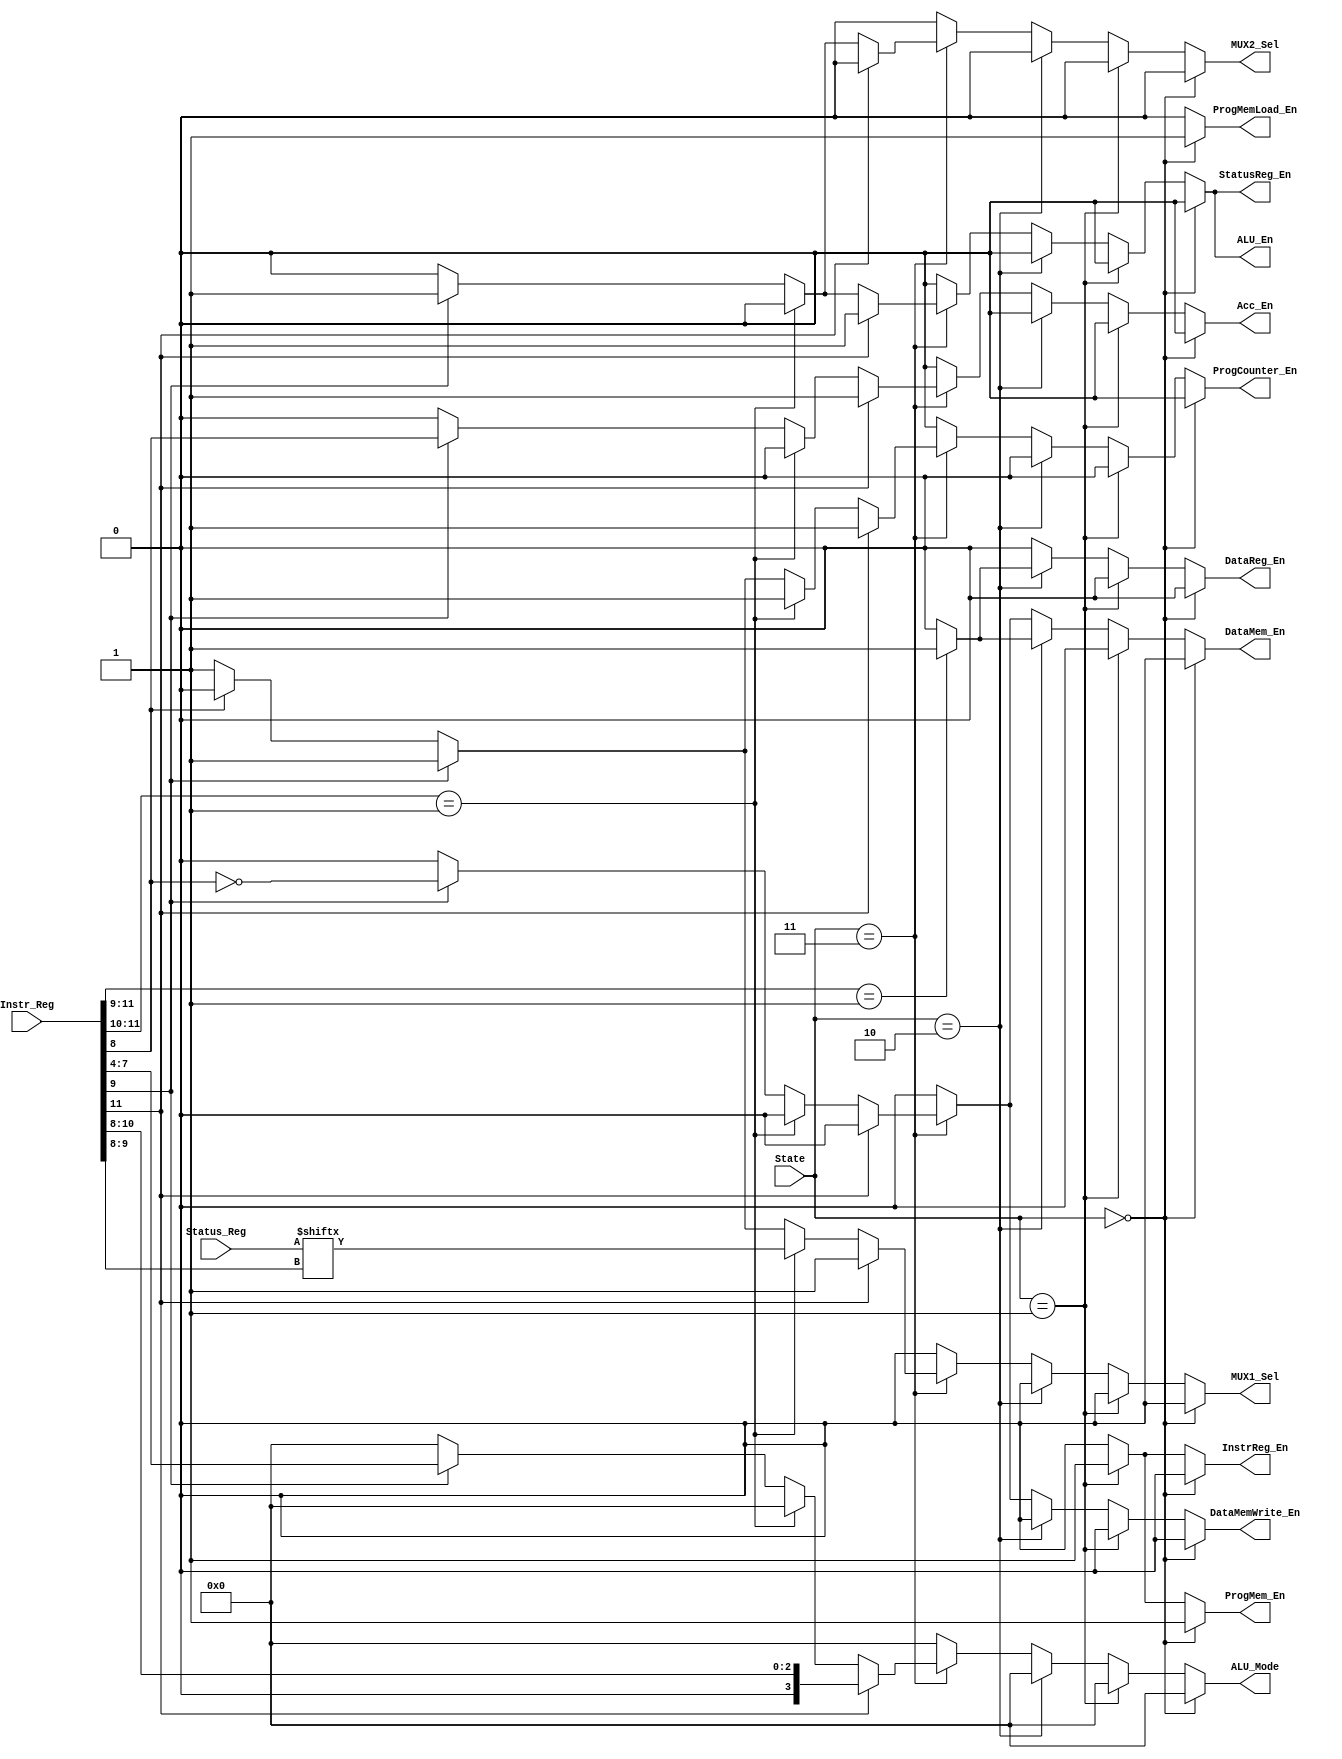
module Control_Logic(
 input [11:0] Instr_Reg,
 input [1:0] State,
 input [3:0] Status_Reg,
 output ProgCounter_En, Acc_En, StatusReg_En, InstrReg_En, ProgMem_En, 
 output DataMemWrite_En, ALU_En, MUX1_Sel, DataMem_En, DataReg_En, MUX2_Sel,
 output ProgMemLoad_En,
 output [3:0] ALU_Mode
 );

 parameter LOAD = 2'b00, FETCH = 2'b01, DECODE = 2'b10, EXECUTE = 2'b11;

 reg ProgCounter_En, Acc_En, StatusReg_En, InstrReg_En, ProgMem_En;
 reg DataMemWrite_En, ALU_En, MUX1_Sel, DataMem_En, DataReg_En, MUX2_Sel;
 reg ProgMemLoad_En;
 reg [3:0] ALU_Mode;

 always@(*)
 begin

 	//Initialize all the signals at every input change.
 	ProgMemLoad_En = 0;
	ProgCounter_En = 0;
	Acc_En = 0;
	StatusReg_En = 0;
	InstrReg_En = 0;
	ProgMem_En = 0;
	DataMemWrite_En = 0;
	ALU_En = 0;
	MUX1_Sel = 0;
	DataMem_En = 0;
	DataReg_En = 0;
	MUX2_Sel = 0;
	ALU_Mode = 4'h0;

	// Load State -> Enable the Program Memory and the Load Signal
	if(State == LOAD)
	begin
		ProgMemLoad_En = 1'b1;
		ProgMem_En = 1'b1;
	end

	//Fetch State -> Fetch the instruction from Program Memory and load it to IR
	else if (State == FETCH)
	begin
		InstrReg_En = 1'b1;
		ProgMem_En = 1'b1;
	end

	//Decode State -> Decode the instr in the IR and send it to ALU and other modules
	//Instruction Register = {Instruction Type(11:8), Opcode(11:8)/Immediate(7:4), 
	//						  Immediate_value/DMem_Addr(3:1) }
	//
 	else if (State == DECODE)
 	begin
 		if (Instr_Reg[11:9] == 3'b001)	// M-type
 		begin
 			DataReg_En = 1'b1; 
 			DataMem_En = 1'b1;
 		end
 		else
 		begin
 			DataReg_En = 1'b0;
 			DataMem_En = 1'b0;
 		end
 	end

 	else if (State == EXECUTE)
 	begin
 		if (Instr_Reg[11] == 1'b1) // I-Type Operation
 		begin
 			ProgCounter_En = 1'b1; // Take current Instr_Addr
 			Acc_En = 1'b1; // Since I-Type, Operand2 for ALU -> Accumulator
 			StatusReg_En = 1'b1; //Enable Status Register
 			ALU_En = 1'b1; //Enable ALU
 			ALU_Mode = Instr_Reg[10:8]; //Opcode in I-Type-> 4'b1xxx
 			MUX1_Sel = 1; // Take the next Instruction Addr from Adder
 			MUX2_Sel = 0; // Do not take value from Memory
 		end
 		else if(Instr_Reg[11:10] == 2'b01) //JZ, JC, JS, JO
 		begin
 			ProgCounter_En = 1'b1;
 			MUX1_Sel = Status_Reg[Instr_Reg[9:8]];
 		end
 		else if(Instr_Reg[9] == 1'b1) // Execute M-type Instruction
 		begin
 			ProgCounter_En = 1'b1;
 			Acc_En = Instr_Reg[8];
 			StatusReg_En = 1'b1;
 			DataMem_En = !(Instr_Reg[8]);
 			DataMemWrite_En = !(Instr_Reg[8]);
 			ALU_En = 1'b1;
 			ALU_Mode = Instr_Reg[7:4];
 			MUX1_Sel = 1'b1;
 			MUX2_Sel = 1'b1;
 		end
 		else if(Instr_Reg[8] == 1'b0)
 		begin
 			ProgCounter_En = 1'b1;
 			MUX1_Sel = 1'b1;
 		end
 		else
 		begin
 			ProgCounter_En = 1'b0;
 			MUX1_Sel = 1'b0;
 		end
 	end
 end
 endmodule